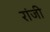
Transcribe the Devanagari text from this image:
रांजी